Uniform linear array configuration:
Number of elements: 8
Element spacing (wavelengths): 0.75
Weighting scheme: exponential
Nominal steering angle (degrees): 15
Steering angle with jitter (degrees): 14.051
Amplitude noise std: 0.05
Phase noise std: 0.05

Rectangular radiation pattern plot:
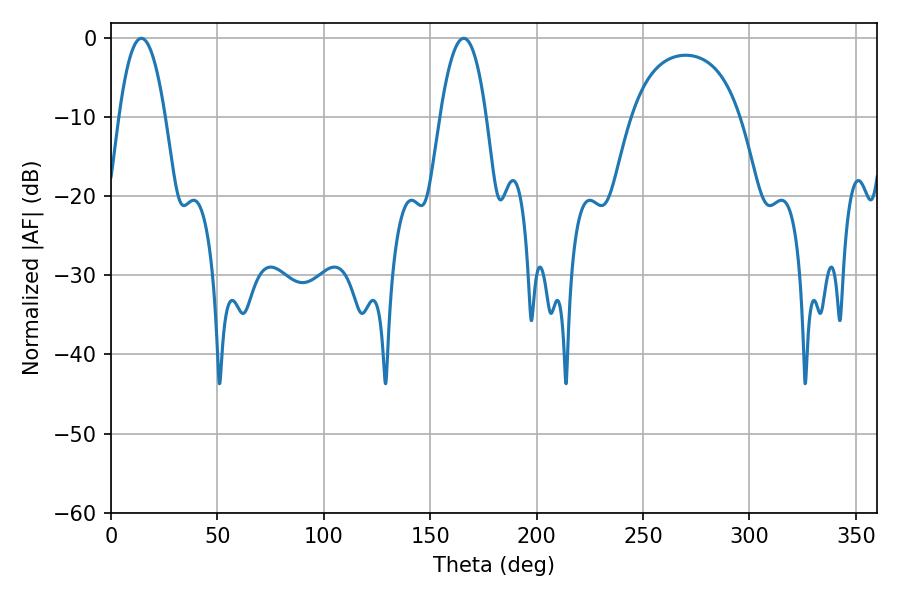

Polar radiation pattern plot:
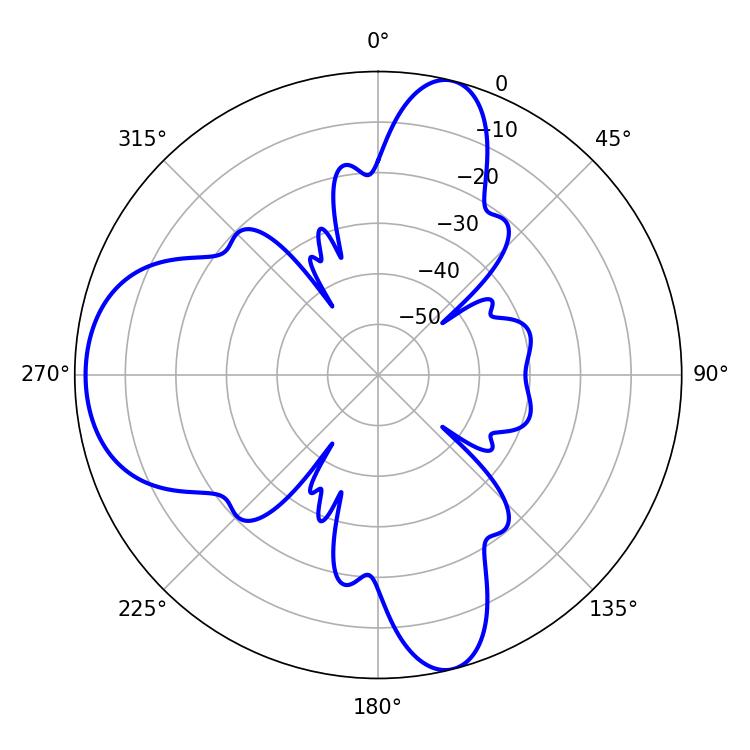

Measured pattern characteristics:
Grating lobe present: TRUE
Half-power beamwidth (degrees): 11.88
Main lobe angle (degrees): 14.22